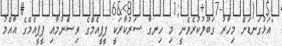
"އަޅުގަނޑަށް މިހާރު ގަބޫލުކުރެވެނީ މި ހިނގާ ސަރުކާރަކީ ޕީޕީއެމްގެ ވިސްނުމާއި ޕީޕީއެމްގެ އާއްމު